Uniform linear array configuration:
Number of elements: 4
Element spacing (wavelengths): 0.5
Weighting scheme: uniform
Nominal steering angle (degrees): -45
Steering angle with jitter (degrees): -43.838
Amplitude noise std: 0.05
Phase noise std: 0.05

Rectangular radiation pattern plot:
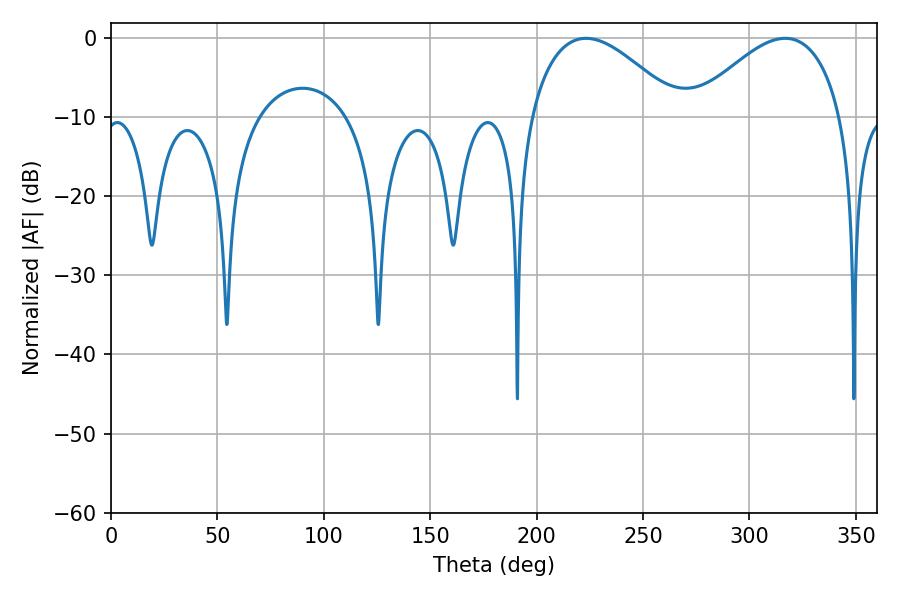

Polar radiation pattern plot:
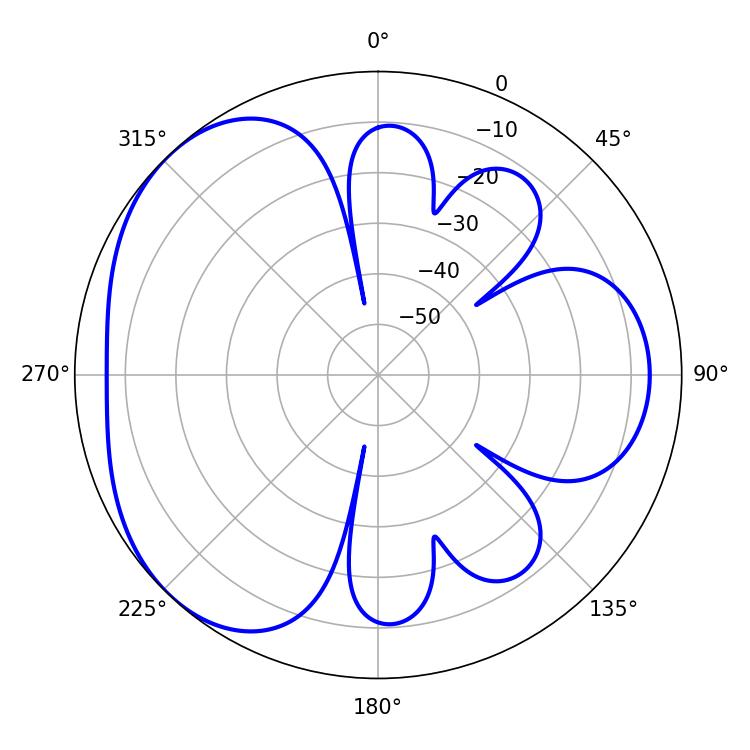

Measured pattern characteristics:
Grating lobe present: FALSE
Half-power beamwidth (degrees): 38.34
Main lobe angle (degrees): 223.2